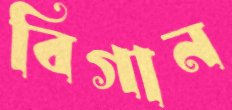
বিগান